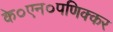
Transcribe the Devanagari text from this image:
के०एन०पणिक्कर